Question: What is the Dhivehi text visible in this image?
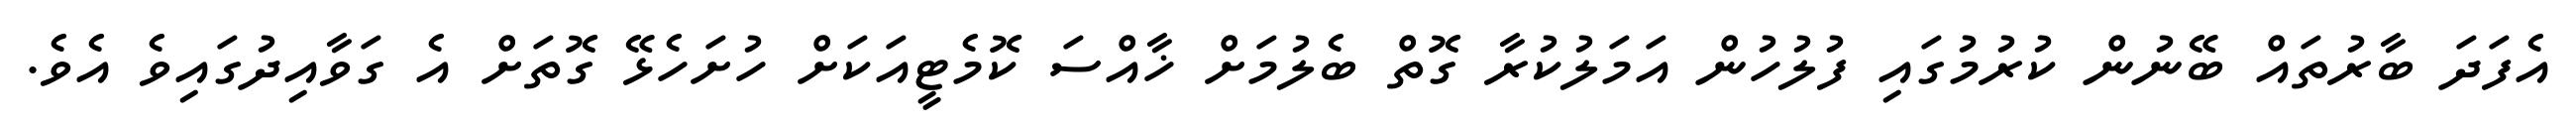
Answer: އެފަދަ ބާރުތައް ބޭނުން ކުރުމުގައި ފުލުހުން އަމަލުކުރާ ގޮތް ބެލުމަށް ޚާއްސަ ކޮމެޓީއަކަށް ހުށަހެޅޭ ގޮތަށް އެ ގަވާއިދުގައިވެ އެވެ.